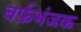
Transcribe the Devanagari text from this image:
बर्फ़भंजक